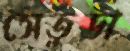
সেতুডা